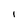
Character: I